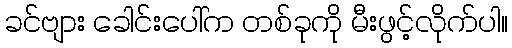
ခင်ဗျား ခေါင်းပေါ်က တစ်ခုကို မီးဖွင့်လိုက်ပါ။